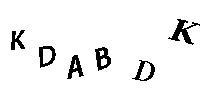
KDABDK